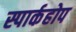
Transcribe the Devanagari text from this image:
स्पार्कहोप